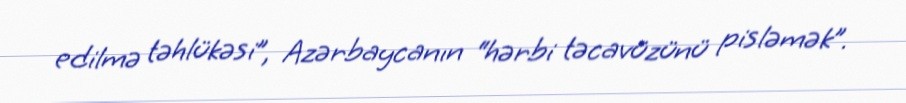
edilmə təhlükəsi”, Azərbaycanın “hərbi təcavüzünü pisləmək”.